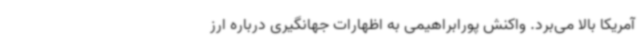
آمریکا بالا می‌برد. واکنش پورابراهیمی به اظهارات جهانگیری درباره ارز